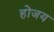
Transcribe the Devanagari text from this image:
होजय